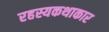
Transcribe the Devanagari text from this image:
रहस्यकथाकार